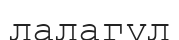
лалагүл